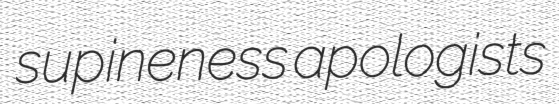
supineness apologists